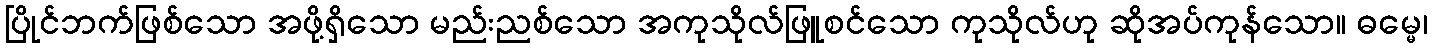
ပြိုင်ဘက်ဖြစ်သော အဖို့ရှိသော မည်းညစ်သော အကုသိုလ်ဖြူစင်သော ကုသိုလ်ဟု ဆိုအပ်ကုန်သော။ ဓမ္မေ၊